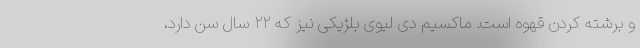
و برشته کردن قهوه است. ماکسیم دی لیوی بلژیکی نیز که ۲۲ سال سن دارد،